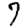
Digit: 7